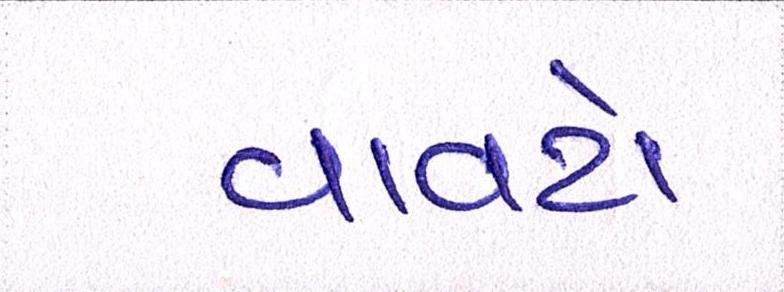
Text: વાવટો